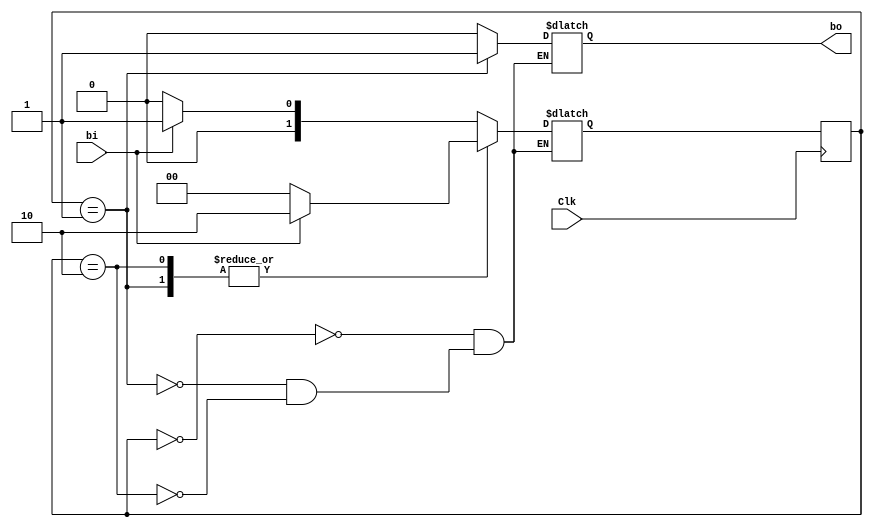
`timescale 1ns / 1ns
//////////////////////////////////////////////////////////////////////////////////
// Company: TosiCorp
// 
//  ////////////////THIS IS THE MIDPROJECT AND THE FINAL SUBMISSION///////////////
//
// Design Name: 
// Module Name: ButtonSync
// Project Name: 
// Target Devices: 
// Tool Versions: 
// Description: 
// 
// Dependencies: 
// 
// Revision:
// Revision 0.01 - File Created
// Additional Comments:
// 
//////////////////////////////////////////////////////////////////////////////////


module ButtonSync(bi, Clk, bo);
    input bi, Clk;
    output reg bo;
    reg [1:0] State, StateNext;
    
    parameter S_Wait = 0, S_Out = 1, S_Hold = 2;
    
    initial begin
        State <= S_Wait;
    end
     
    //State Register
    always @(posedge Clk) begin
        State <= StateNext;
    end
    
    always @(bi, State) begin
        case (State)
            S_Wait: begin
                bo <= 0;
                if (bi == 1) begin
                    StateNext <= S_Out;
                end
                else begin
                    StateNext <= S_Wait;
                end
            end
            
            S_Out: begin
                bo <= 1;
                if (bi == 1) begin
                    StateNext <= S_Hold;
                end
                else begin
                    StateNext <= S_Wait;
                end
            end
            
            S_Hold: begin
                bo <= 0;
                if (bi == 1) begin
                    StateNext <= S_Hold;
                end
                else begin
                    StateNext <= S_Wait;
                end
            end
        endcase
    end

endmodule